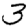
Digit: 3